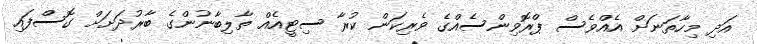
އަދި މިހާތަނަށް އެއްވެސް ޕްރޮވިންސެއްގެ ވެރިކަން ކުރާ ސިޓީއެއް ތާލިބާނުންގެ ބާރުދަށަށް ގޮސްފައި